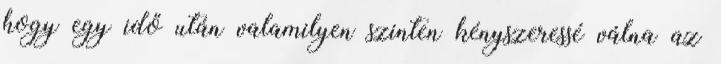
hogy egy idő után valamilyen szinten kényszeressé válna az